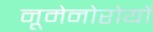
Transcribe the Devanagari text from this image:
नूमेनोरोयों